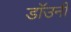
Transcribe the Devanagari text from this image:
डाॅउनी